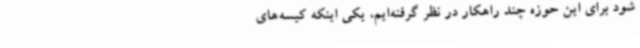
شود برای این حوزه چند راهکار در نظر گرفته‌ایم، یکی اینکه کیسه‌های